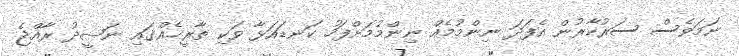
ނަމަވެސް ސަރުކާރުން އެފަދަ ނިންމުމެއް ނިންމުމަށްފަހު ކަނޑައަޅާ ވަކި ތާރީޚެއްގައި ނަޝީދު ރާއްޖެ